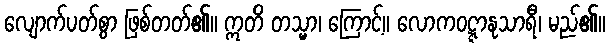
လျောက်ပတ်စွာ ဖြစ်တတ်၏။ ဣတိ တသ္မာ၊ ကြောင့်။ လောကဝဋ္ဋာနုသာရီ၊ မည်၏။